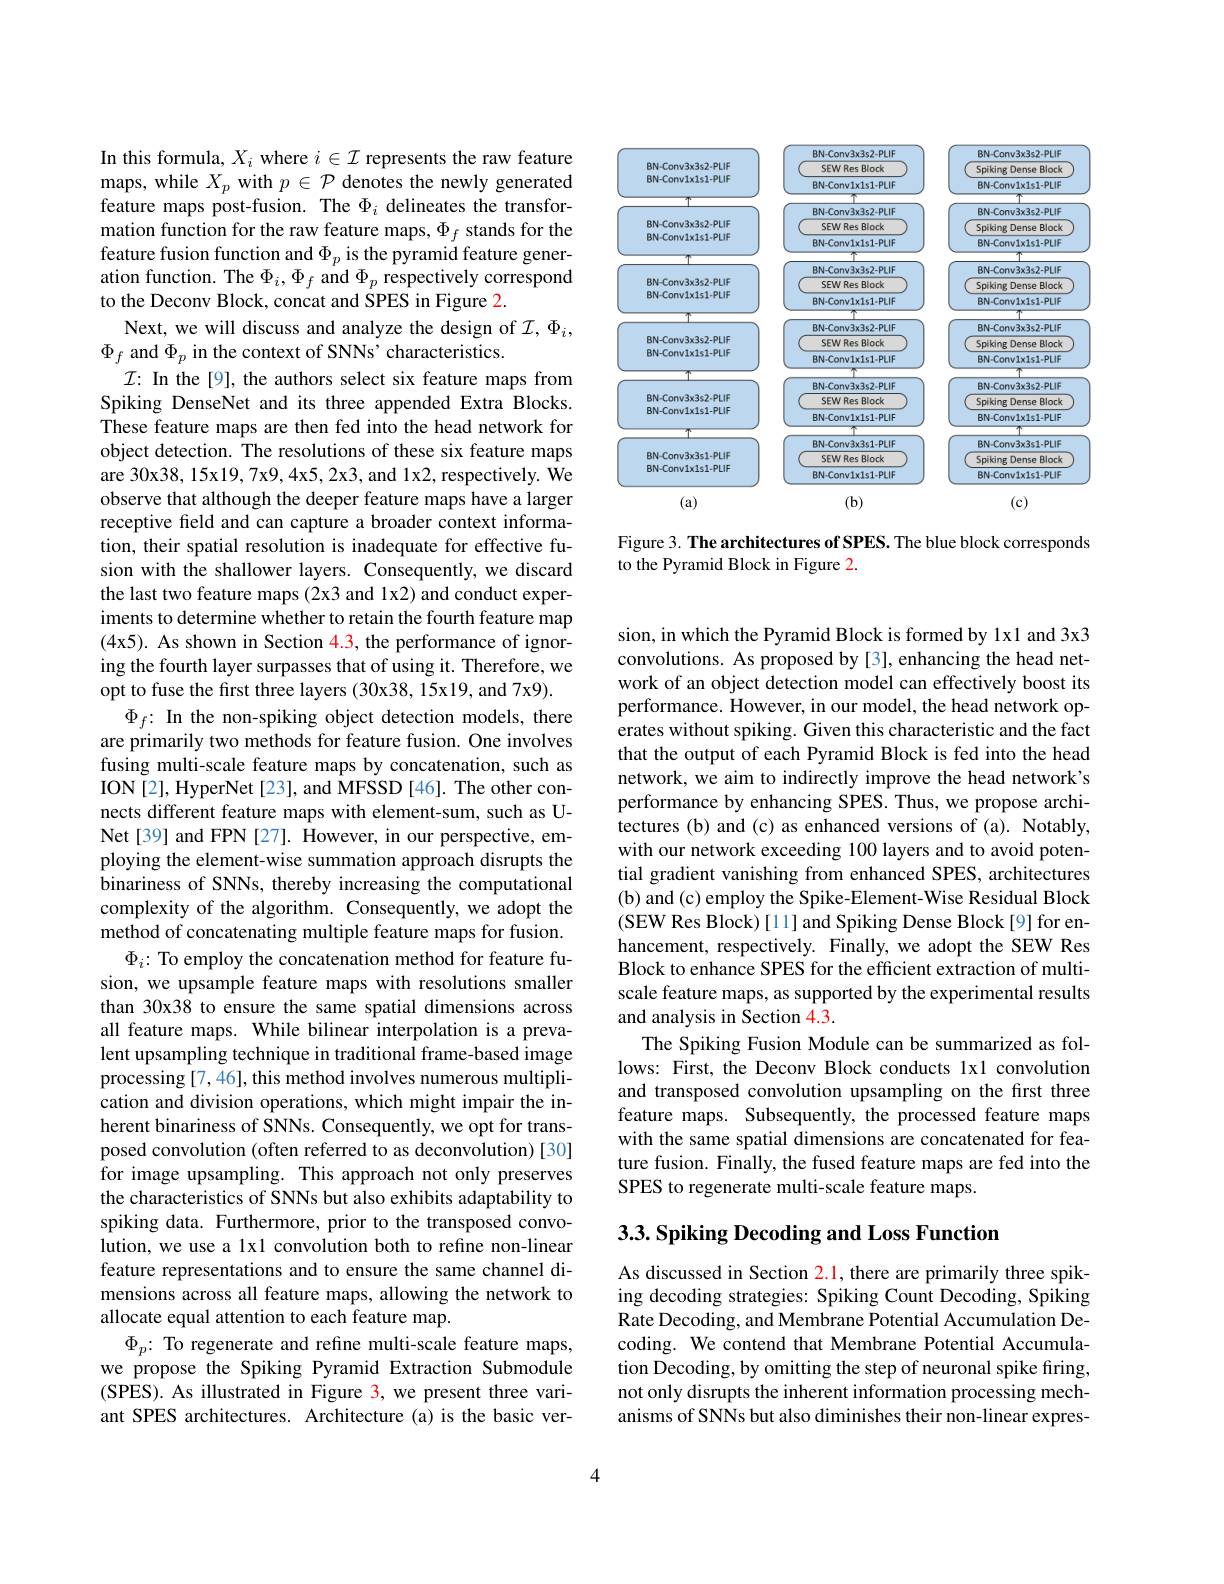
In this formula, $X_i$ where $i\in\mathcal{I}$ represents the raw feature maps, while $X_p$ with $p\in\mathcal{P}$ denotes the newly generated feature maps post-fusion. The $\Phi_i$ delineates the transformation function for the raw feature maps, $\Phi_f$ stands for the feature fusion function and $\Phi_p$ is the pyramid feature generation function. The $\Phi_i,\Phi_f$ and $\Phi_p$ respectively correspond to the Deconv Block, concat and SPES in Figure 2.
Next, we will discuss and analyze the design of $\mathcal{I},\Phi_i$,
$\Phi_{f}$ and $\Phi_p$ in the context of SNNs' characteristics.
$\mathcal{I}{:}$ In the[9], the authors select six feature maps from Spiking DenseNet and its three appended Extra Blocks. These feature maps are then fed into the head network for object detection. The resolutions of these six feature maps are 30x38, 15x19, 7x9, 4x5, 2x3, and 1x2, respectively. We observe that although the deeper feature maps have a larger receptive field and can capture a broader context information, their spatial resolution is inadequate for effective fusion with the shallower layers. Consequently, we discard the last two feature maps (2x3 and 1x2) and conduct experiments to determine whether to retain the fourth feature map (4x5). As shown in Section 4.3, the performance of ignoring the fourth layer surpasses that of using it. Therefore, we opt to fuse the first three layers (30x38, 15x19, and 7x9).
$\Phi_{f}\colon$ In the non-spiking object detection models, there are primarily two methods for feature fusion. One involves fusing multi-scale feature maps by concatenation, such as ION[2], HyperNet[23], and MFSSD [46]. The other connects different feature maps with element-sum, such as UNet[39] and FPN[27]. $\hat{\text{However, in our perspective, em-}}$ ploying the element-wise summation approach disrupts the binariness of SNNs, thereby increasing the computational complexity of the algorithm. Consequently, we adopt the method of concatenating multiple feature maps for fusion.
$\Phi_i{:}$ To employ the concatenation method for feature fusion, we upsample feature maps with resolutions smaller than 30x38 to ensure the same spatial dimensions across all feature maps. While bilinear interpolation is a prevalent upsampling technique in traditional frame-based image processing [7,46], this method involves numerous multiplication and division operations, which might impair the inherent binariness of SNNs. Consequently, we opt for transposed convolution (often referred to as deconvolution) [30] for image upsampling. This approach not only preserves the characteristics of SNNs but also exhibits adaptability to spiking data. Furthermore, prior to the transposed convolution, we use a 1x1 convolution both to refine non-linear feature representations and to ensure the same channel dimensions across all feature maps, allowing the network to allocate equal attention to each feature map.
$\Phi_p{:}$ To regenerate and refine multi-scale feature maps, we propose the Spiking Pyramid Extraction Submodule (SPES). As illustrated in Figure 3, we present three variant SPES architectures. Architecture (a) is the basic ver-

<FigureHere>

Figure 3. The architectures of SPES. The blue block corresponds
to the Pyramid Block in Figure 2.

sion, in which the Pyramid Block is formed by 1x1 and 3x3 convolutions. As proposed by [3], enhancing the head network of an object detection model can effectively boost its performance. However, in our model, the head network operates without spiking. Given this characteristic and the fact that the output of each Pyramid Block is fed into the head network, we aim to indirectly improve the head network's performance by enhancing SPES. Thus, we propose architectures (b) and (c) as enhanced versions of (a). Notably, with our network exceeding 100 layers and to avoid potential gradient vanishing from enhanced SPES, architectures (b) and (c) employ the Spike-Element-Wise Residual Block (SEW Res Block)[11] and Spiking Dense Block[9] for enhancement, respectively. Finally, we adopt the SEW Res Block to enhance SPES for the efficient extraction of multiscale feature maps, as supported by the experimental results and analysis in Section 4.3.
The Spiking Fusion Module can be summarized as follows: First, the Deconv Block conducts 1x1 convolution and transposed convolution upsampling on the first three feature maps. Subsequently, the processed feature maps with the same spatial dimensions are concatenated for feature fusion. Finally, the fused feature maps are fed into the SPES to regenerate multi-scale feature maps.

## 3.3. Spiking Decoding and Loss Function

As discussed in Section 2.1, there are primarily three spiking decoding strategies: Spiking Count Decoding, Spiking Rate Decoding, and Membrane Potential Accumulation Decoding. We contend that Membrane Potential Accumulation Decoding, by omitting the step of neuronal spike firing, not only disrupts the inherent information processing mechanisms of SNNs but also diminishes their non-linear expres-

4